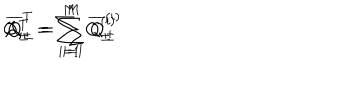
LaTeX: Q _ { \pm } ^ { T } = \sum _ { i = 1 } ^ { M } Q _ { \pm } ^ { ( i ) } \hspace { 6 m m } , \hspace { 6 m m } \overline { { { Q } } } _ { \pm } ^ { T } = \sum _ { i = 1 } ^ { M } \overline { { { Q } } } _ { \pm } ^ { ( i ) }